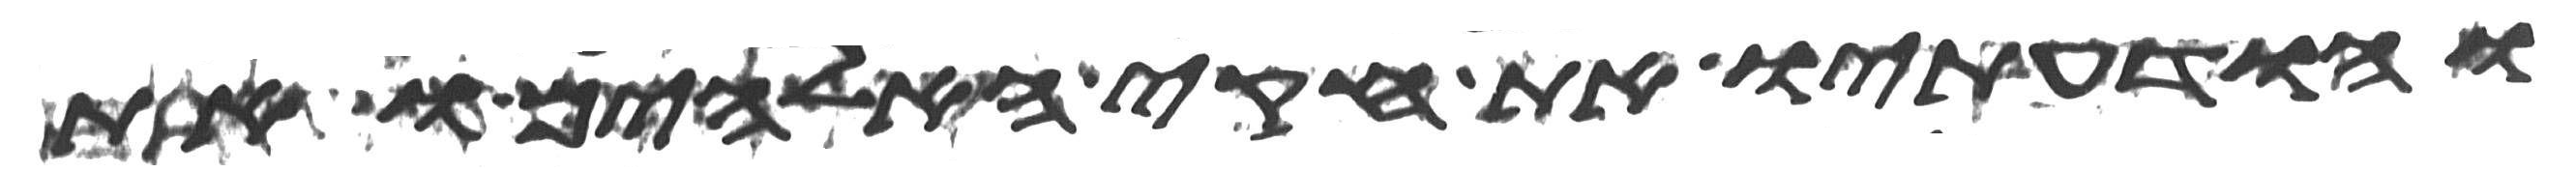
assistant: והודעתיו את חקי האלהים ואת